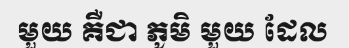
មួយ គឺជា ភូមិ មួយ ដែល